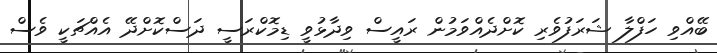
ބޭއްވި ހަފްލާ ޝަރަފުވެރި ކޮށްދެއްވަމުން ރައީސް ވިދާޅުވީ ޑިމޮކްރަސީ ދަސްކޮށްދޭ އެއްޗަކީ ވެސް